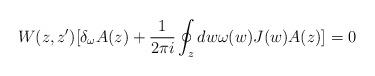
LaTeX: \begin{align*}W(z,z')[\delta_{\omega}A(z)+\frac{1}{2\pi i}\oint_z dw\omega(w)J(w)A(z)] =0\end{align*}